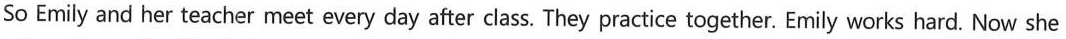
So Emily and her teacher meet every day after class. They practice together. Emily works hard. Now she